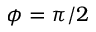
\phi = \pi / 2